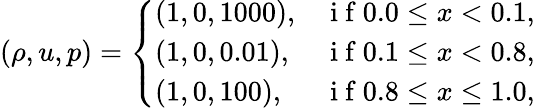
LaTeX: \left(\rho,u,p\right)=\left\{ \begin{array}{ll}{(1,0,1000),}&{\mathrm{~i~f~}0.0\leq x<0.1,}\\ {(1,0,0.01),}&{\mathrm{~i~f~}0.1\leq x<0.8,}\\ {(1,0,100),}&{\mathrm{~i~f~}0.8\leq x\leq 1.0,}\end{array}\right.